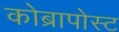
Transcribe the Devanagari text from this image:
कोब्रापोस्ट